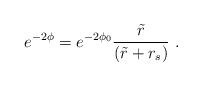
LaTeX: \begin{align*}e^{-2\phi} = e^{-2\phi_{0}}\frac{\tilde{r}}{(\tilde{r} + r_{s})}~.\end{align*}